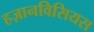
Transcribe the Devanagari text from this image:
हज़ानविसियस